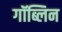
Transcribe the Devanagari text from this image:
गॉब्लिन